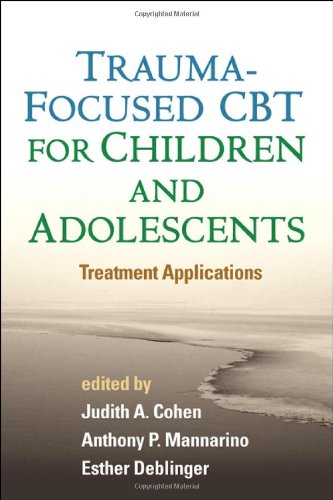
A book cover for Trauma-Focused CBT for Children and Adolescents: Treatment Applications; Medical Books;